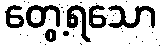
တွေ့ရသော